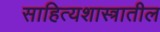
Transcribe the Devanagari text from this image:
साहित्यशास्त्रातील